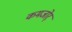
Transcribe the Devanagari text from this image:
कमजोर्